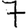
Digit: 7